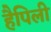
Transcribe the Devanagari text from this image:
हैपिली